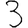
Digit: 3